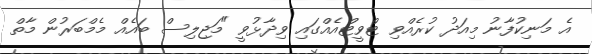
އެ މަނިކުފާނު މިއަދު ކުރެއްވި ޓްވީޓްއެއްގައި ވިދާޅުވީ "މަޖިލިސް ބައެއް މެމްބަރުން މާތް